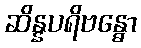
ဆိန္နပရိဗန္ဓော